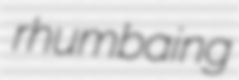
rhumbaing